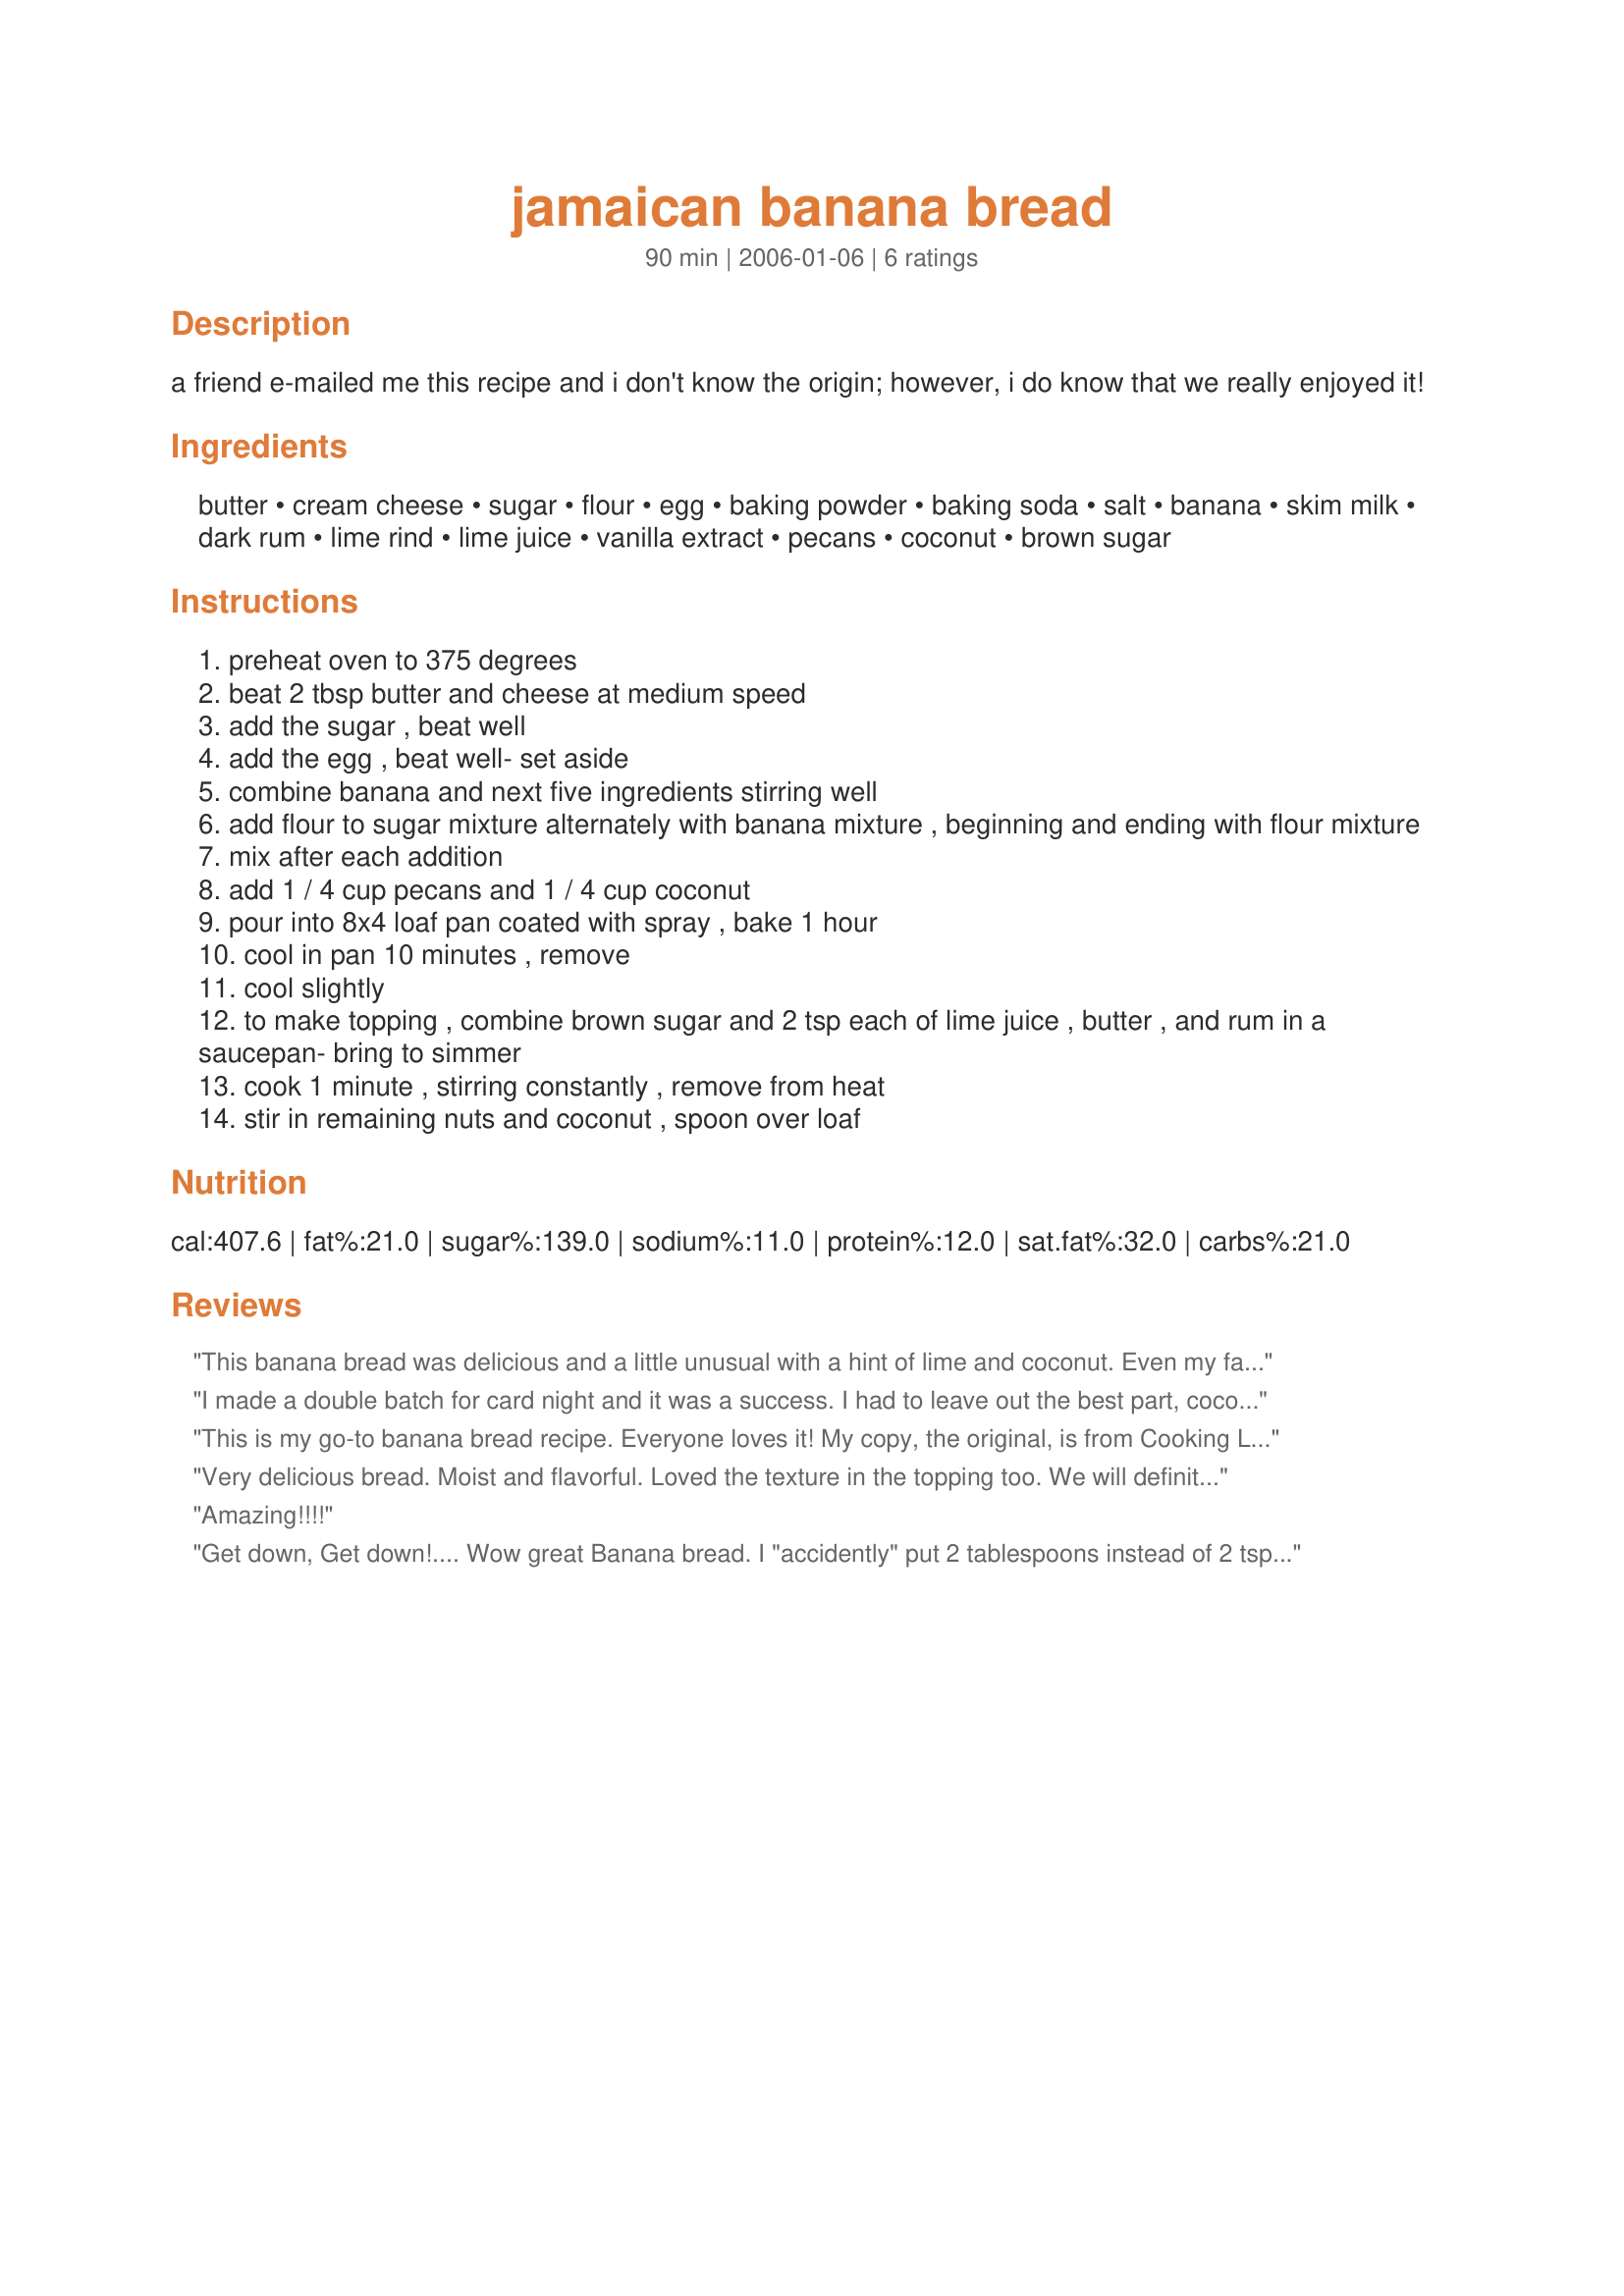
jamaican banana bread
Preparation time: 90 minutes

a friend e-mailed me this recipe and i don't know the origin; however, i do know that we really enjoyed it!

Ingredients:
butter, cream cheese, sugar, flour, egg, baking powder, baking soda, salt, banana, skim milk, dark rum, lime rind, lime juice, vanilla extract, pecans, coconut, brown sugar

Steps:
preheat oven to 375 degrees
beat 2 tbsp butter and cheese at medium speed
add the sugar , beat well
add the egg , beat well- set aside
combine banana and next five ingredients stirring well
add flour to sugar mixture alternately with banana mixture , beginning and ending with flour mixture
mix after each addition
add 1 / 4 cup pecans and 1 / 4 cup coconut
pour into 8x4 loaf pan coated with spray , bake 1 hour
cool in pan 10 minutes , remove
cool slightly
to make topping , combine brown sugar and 2 tsp each of lime juice , butter , and rum in a saucepan- bring to simmer
cook 1 minute , stirring constantly , remove from heat
stir in remaining nuts and coconut , spoon over loaf

Reviews:
This banana bread was delicious and a little unusual with a hint of lime and coconut. Even my father-in-law who never eats bananas loved it! Next time I may add a cup of applesauce to make it a bit more moist.
I made a double batch for card night and it was a success. I had to leave out the best part, coconut, because my hubby does not like it and I added allspice and nutmeg. It came out soft and fluffy and accompanied with soft butter we were able to munch on it through out the night. Thank you so much. This is my new banana bread recipe. YUM!!!
This is my go-to banana bread recipe. Everyone loves it! My copy, the original, is from Cooking Light a number of years ago. I often double the recipe and make 3 or 4 smaller loaves to keep and give away.
Very delicious bread. Moist and flavorful. Loved the texture in the topping too. We will definitely be having this again! Made for ZWT5, Saucy Senoritas.
Amazing!!!!
Get down, Get down!.... Wow great Banana bread. I "accidently" put 2 tablespoons instead of 2 tsp. rum in the topping. DBF said he woke up with a hangover. I said it wouldn't have happened had he not ate the whole loaf! The best part was the topping and I'll be making this bread again. Thanks Virginia.
